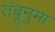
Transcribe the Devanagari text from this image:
तंबूनुमा